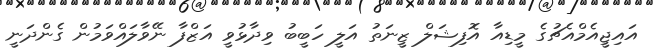
އައިޖީއެމްއެޗުގެ މީޑިއާ އޮފިޝަލް ޒީނަތު އަލީ ހަބީބު ވިދާޅުވީ އަޒްފާ ނޭވާލައްވަމުން ގެންދަނީ